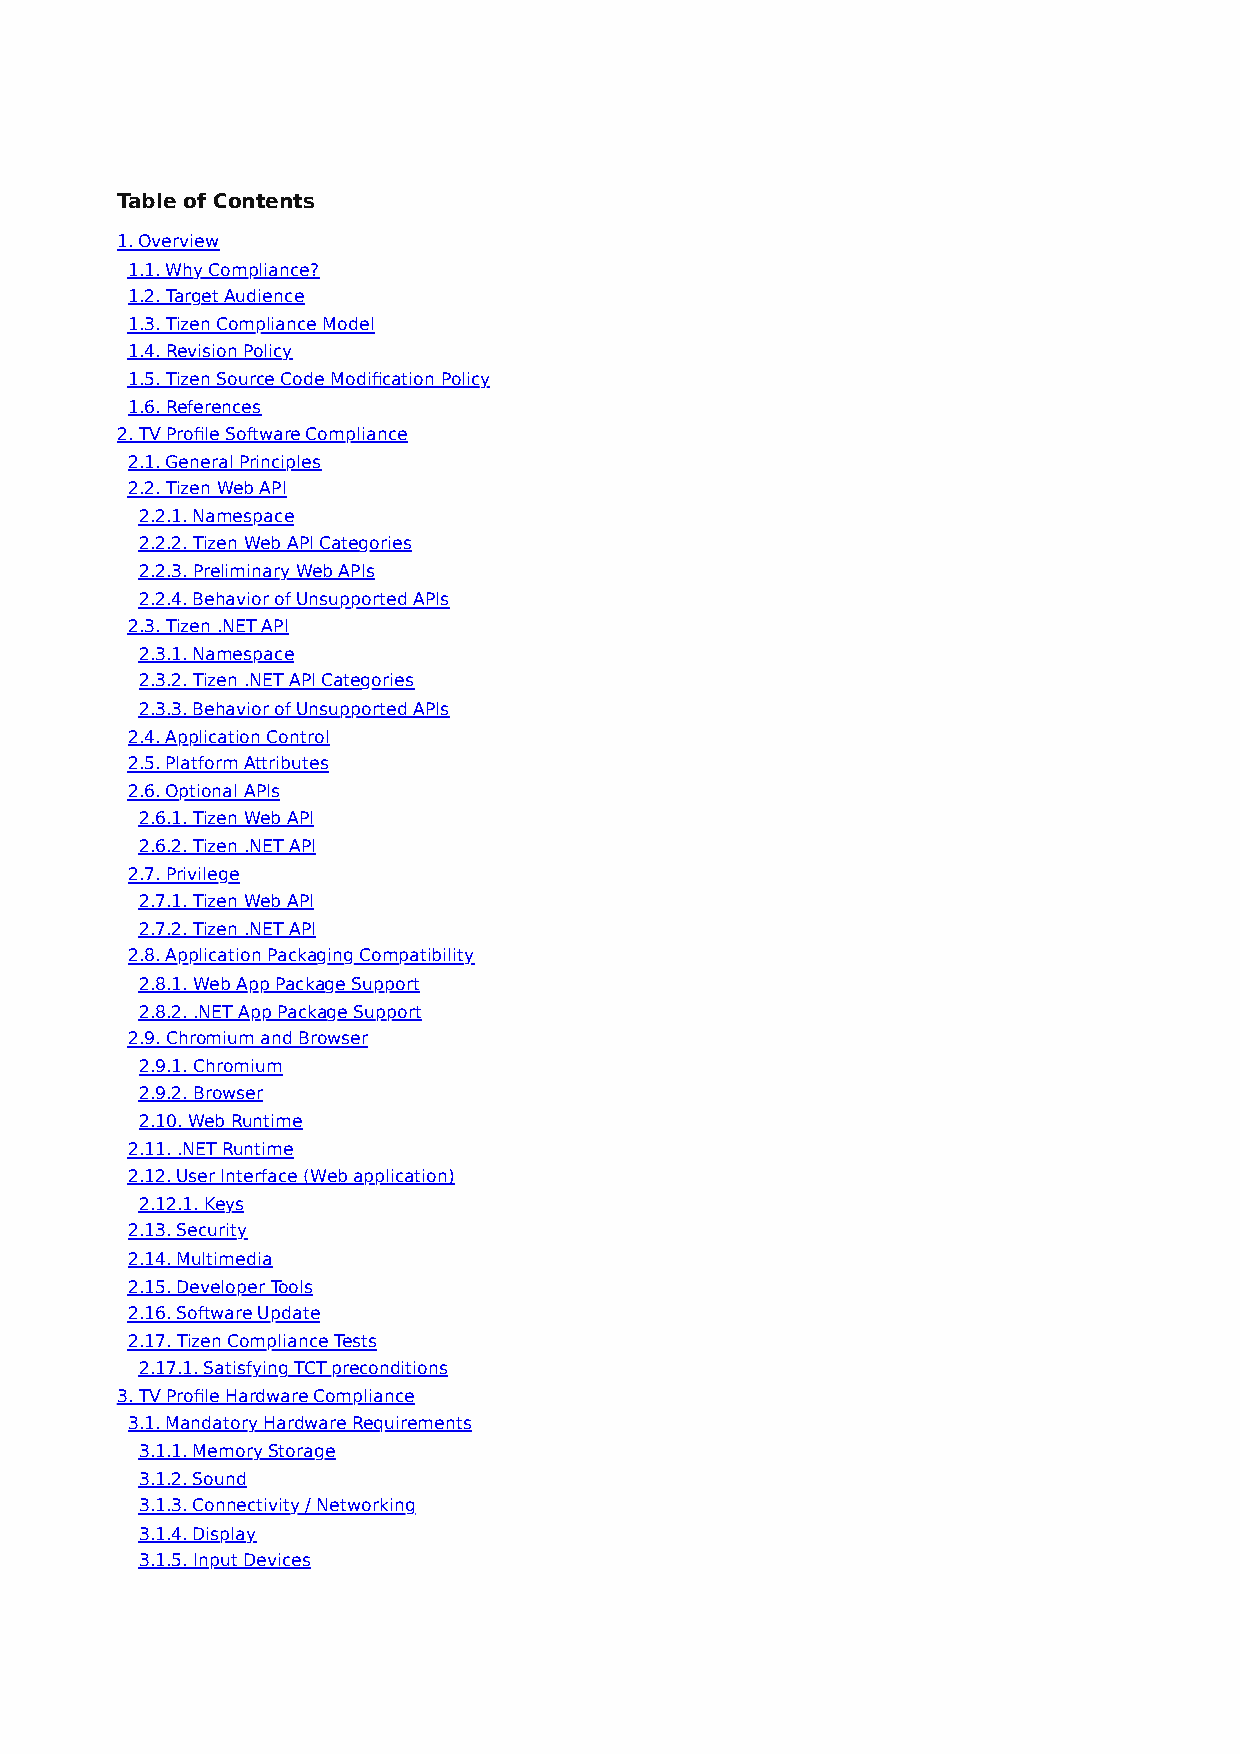
Table of Contents
 1. Overview
 1.1. Why Compliance?
 1.2. Target Audience
 1.3. Tizen Compliance Model
 1.4. Revision Policy
 1.5. Tizen Source Code Modification Policy
 1.6. References
 2. TV Profile Software Compliance
 2.1. General Principles
 2.2. Tizen Web API
 2.2.1. Namespace
 2.2.2. Tizen Web API Categories
 2.2.3. Preliminary Web APIs
 2.2.4. Behavior of Unsupported APIs
 2.3. Tizen .NET API
 2.3.1. Namespace
 2.3.2. Tizen .NET API Categories
 2.3.3. Behavior of Unsupported APIs
 2.4. Application Control
 2.5. Platform Attributes
 2.6. Optional APIs
 2.6.1. Tizen Web API
 2.6.2. Tizen .NET API
 2.7. Privilege
 2.7.1. Tizen Web API
 2.7.2. Tizen .NET API
 2.8. Application Packaging Compatibility
 2.8.1. Web App Package Support
 2.8.2. .NET App Package Support
 2.9. Chromium and Browser
 2.9.1. Chromium
 2.9.2. Browser
 2.10. Web Runtime
 2.11. .NET Runtime
 2.12. User Interface (Web application)
 2.12.1. Keys
 2.13. Security
 2.14. Multimedia
 2.15. Developer Tools
 2.16. Software Update
 2.17. Tizen Compliance Tests
 2.17.1. Satisfying TCT preconditions
 3. TV Profile Hardware Compliance
 3.1. Mandatory Hardware Requirements
 3.1.1. Memory Storage
 3.1.2. Sound
 3.1.3. Connectivity / Networking
 3.1.4. Display
 3.1.5. Input Devices